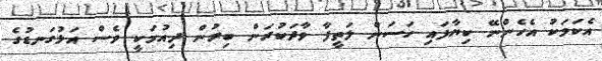
އެކަމަކު އެހެންނޭ ކިޔާފައި ހަސަން ލަތީފާ ވާދަކުރަން ބިރުން ދިއުމަކީ ވެސް އަޅުގަނޑުގެ